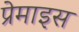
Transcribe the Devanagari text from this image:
प्रेमाइस